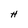
Character: H